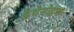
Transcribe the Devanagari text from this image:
इथेनोइक